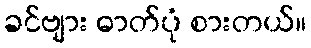
ခင်ဗျား ဓာတ်ပုံ စားတယ်။